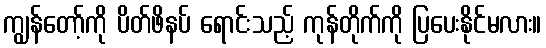
ကျွန်တော့်ကို ပိတ်ဖိနပ် ရောင်းသည့် ကုန်တိုက်ကို ပြပေးနိုင်မလား။